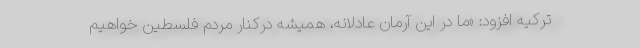
ترکیه افزود: «ما در این آرمان عادلانه، همیشه درکنار مردم فلسطین خواهیم